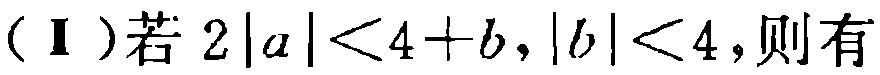
(Ⅰ)若\(2|a|<4 + b,|b|<4\)，则有